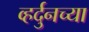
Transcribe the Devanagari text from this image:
व्हर्दुनच्या